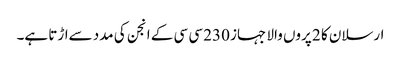
ارسلان کا 2 پروں والا جہاز 230 سی سی کے انجن کی مدد سےاڑتا ہے۔